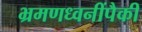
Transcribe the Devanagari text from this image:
भ्रमणध्वनींपैकी